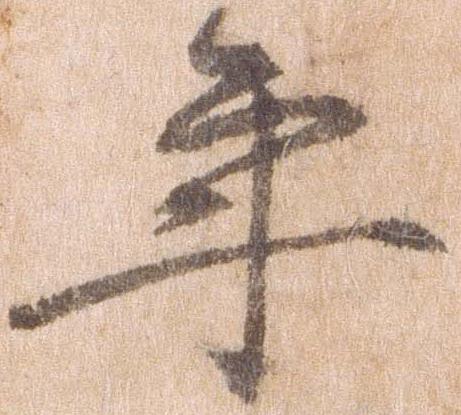
年